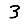
Digit: 3